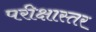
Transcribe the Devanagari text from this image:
परीक्षास्तर